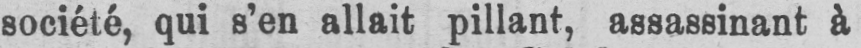
société, qui s’en allait pillant, assassinant à